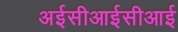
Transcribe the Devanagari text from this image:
अईसीआईसीआई